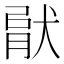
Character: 𤟶